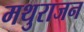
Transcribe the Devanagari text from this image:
मथुराजन